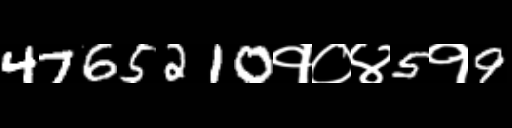
Text: 4765210१०४5१9